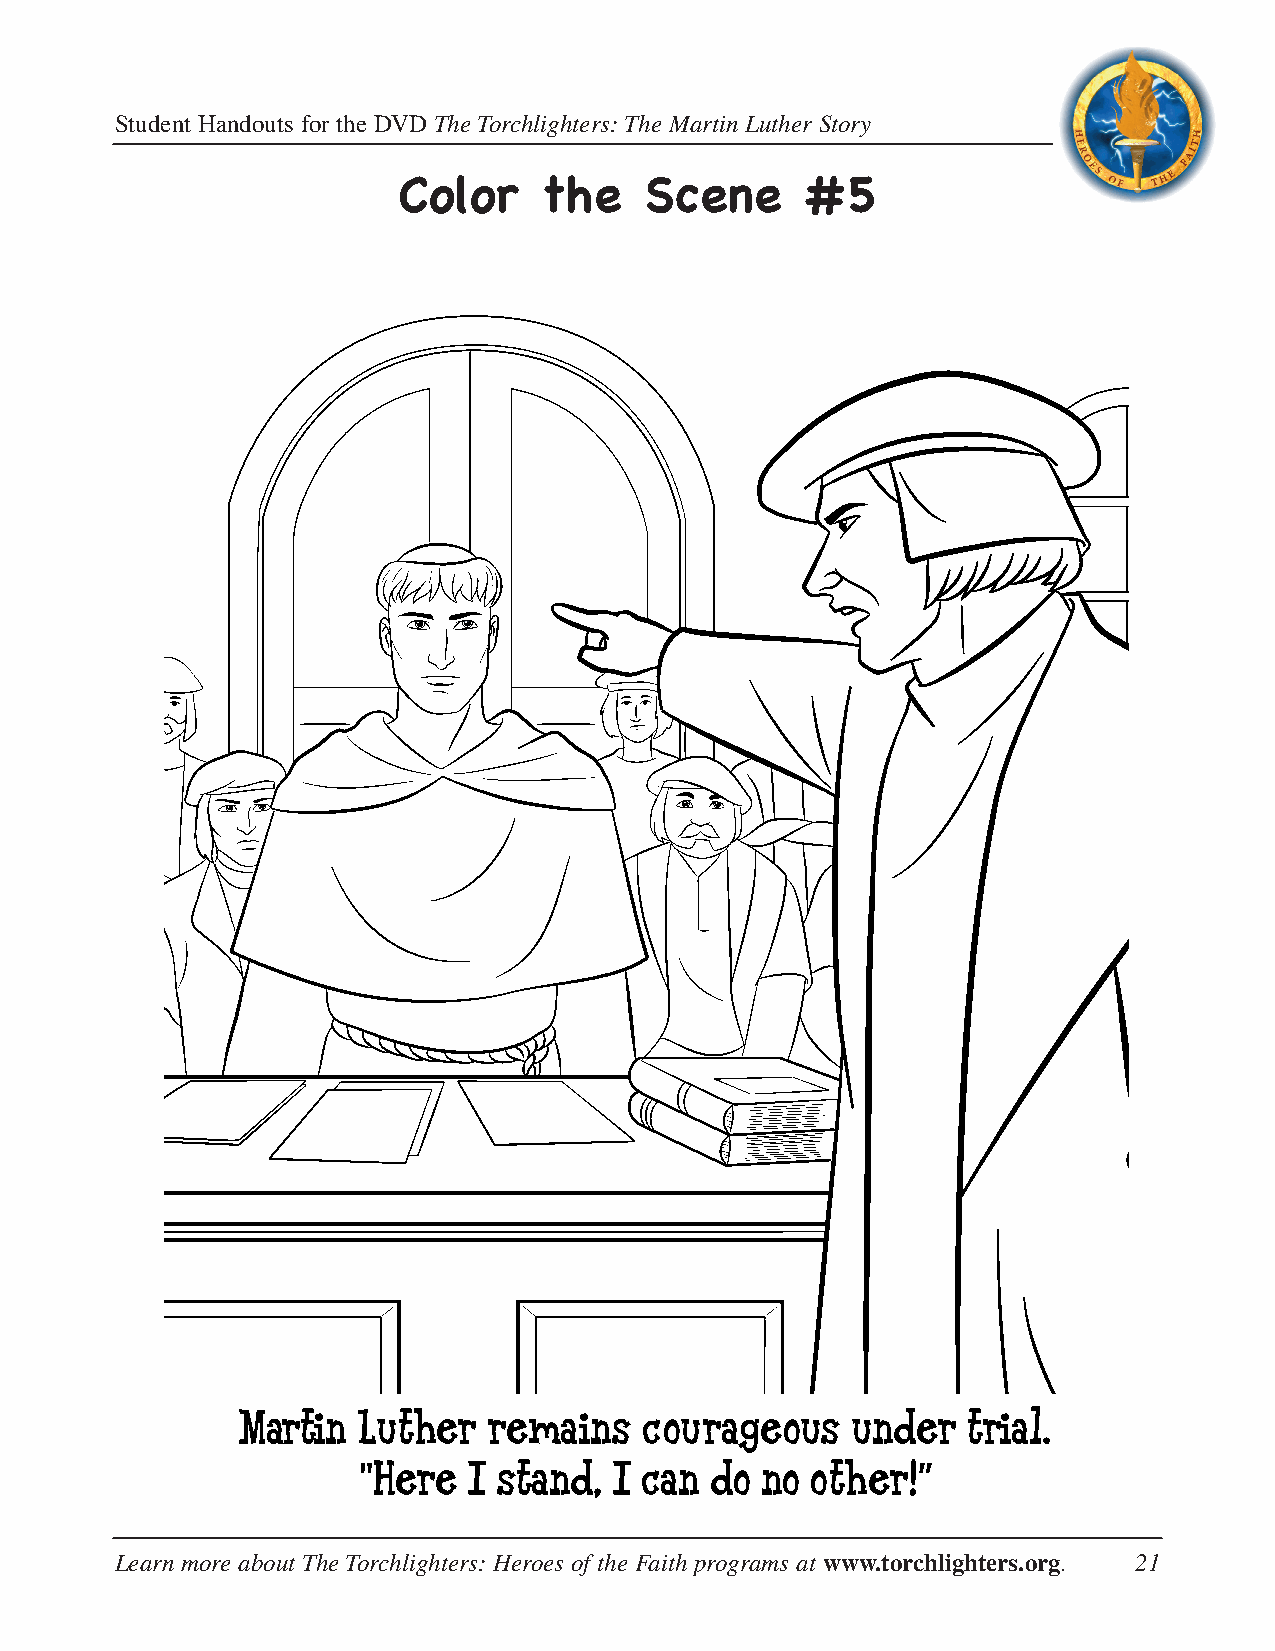
Student Handouts for the DVD The Torchlighters: The Martin Luther Story
 Color     the    Scene     #5
 MMaaarrrttttiin LLuttthhheeerrr rrreeemmmaaaiiinnnsss cccourraaggeeoouuss uunnddeerr ttrrriiiaall..
 "                                    ”
 HHHeeerrreee III ssstttaaannnddd,,, III cccaaannn dddooo nnnooo ooother!
 Learn more about The Torchlighters: Heroes of the Faith programs at www.torchlighters.org. 21